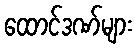
ထောင်ဒဏ်များ